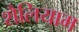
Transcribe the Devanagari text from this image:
शैलियाम